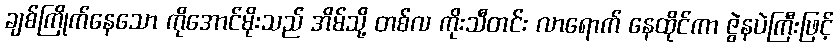
ချစ်ကြိုက်နေသော ကိုအောင်မိုးသည် အိမ်သို့ တစ်လ ကိုးသီတင်း လာရောက် နေထိုင်ကာ ဇွဲနပဲကြီးဖြင့်